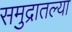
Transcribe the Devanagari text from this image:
समुद्रातल्या